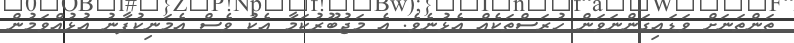
ތަންތަނަށް ވަޑައިގަންނަވަން ހުރަސްތަކެއް އެޅުނެވެ. އެ މަޖުބޫރުކަމާ އެކު ވެސް އެމަނިކުފާނު އުޅުއްވަމުން